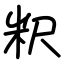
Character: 粎